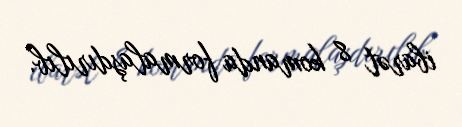
ibarət 8 komanda formalaşdırılıb.